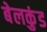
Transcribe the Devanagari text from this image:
बेलकुंड